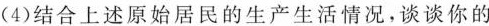
(4)结合上述原始居民的生产生活情况，谈谈你的